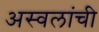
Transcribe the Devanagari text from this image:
अस्वलांची